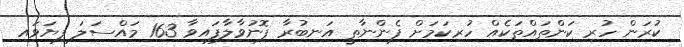
ކުރަން ހުރި ކަންތައްތަކެއް ހުރިކަމަށް ފެންނާތީ އަނބުރާ ފޮނުވާލާފައިވާ 163 މައްސަލަ ފިޔަވައި